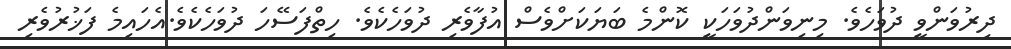
ދިރުވަންވީ ދުވަހެވެ. މިނިވަންދުވަހަކީ ކޮންމެ ބަޔަކަށްވެސް އުފާވެރި ދުވަހެކެވެ. ހިތްފަސޭހަ ދުވަހެކެވެ.އެހައިމެ ފަޚުރުވެރި